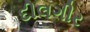
દીલગીર